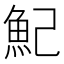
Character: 魢